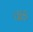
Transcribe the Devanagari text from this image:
चाङ